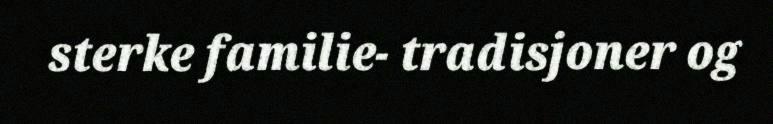
sterke familie- tradisjoner og